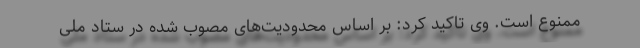
ممنوع است. وی تاکید کرد: بر اساس محدودیت‌های مصوب شده در ستاد ملی